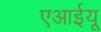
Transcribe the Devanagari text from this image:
एआईयू